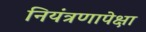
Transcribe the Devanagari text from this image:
नियंत्रणापेक्षा